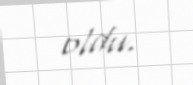
oldu.